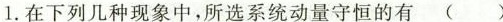
1.在下列几种现象中，所选系统动量守恒的有()